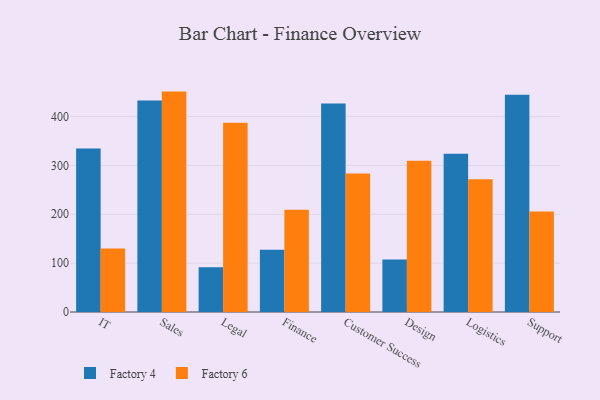
{"axis": {"x": "Department", "y": "Energy Usage (MWh)"}, "legend": ["Factory 4", "Factory 6"], "data": [{"x": "IT", "y": 334.7, "type": "Factory 4"}, {"x": "IT", "y": 129.8, "type": "Factory 6"}, {"x": "Sales", "y": 433.1, "type": "Factory 4"}, {"x": "Sales", "y": 451.1, "type": "Factory 6"}, {"x": "Legal", "y": 91.5, "type": "Factory 4"}, {"x": "Legal", "y": 387.2, "type": "Factory 6"}, {"x": "Finance", "y": 127.4, "type": "Factory 4"}, {"x": "Finance", "y": 209.5, "type": "Factory 6"}, {"x": "Customer Success", "y": 426.7, "type": "Factory 4"}, {"x": "Customer Success", "y": 283.7, "type": "Factory 6"}, {"x": "Design", "y": 107.3, "type": "Factory 4"}, {"x": "Design", "y": 309.6, "type": "Factory 6"}, {"x": "Logistics", "y": 323.8, "type": "Factory 4"}, {"x": "Logistics", "y": 271.7, "type": "Factory 6"}, {"x": "Support", "y": 444.5, "type": "Factory 4"}, {"x": "Support", "y": 205.6, "type": "Factory 6"}]}